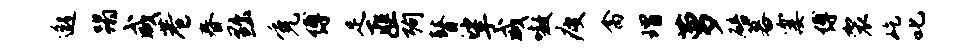
邈蹋咸巷春黜免缚足匪殉瞽挲咸嗷疲禽瑁萝碚暮霎缚袈屹叱